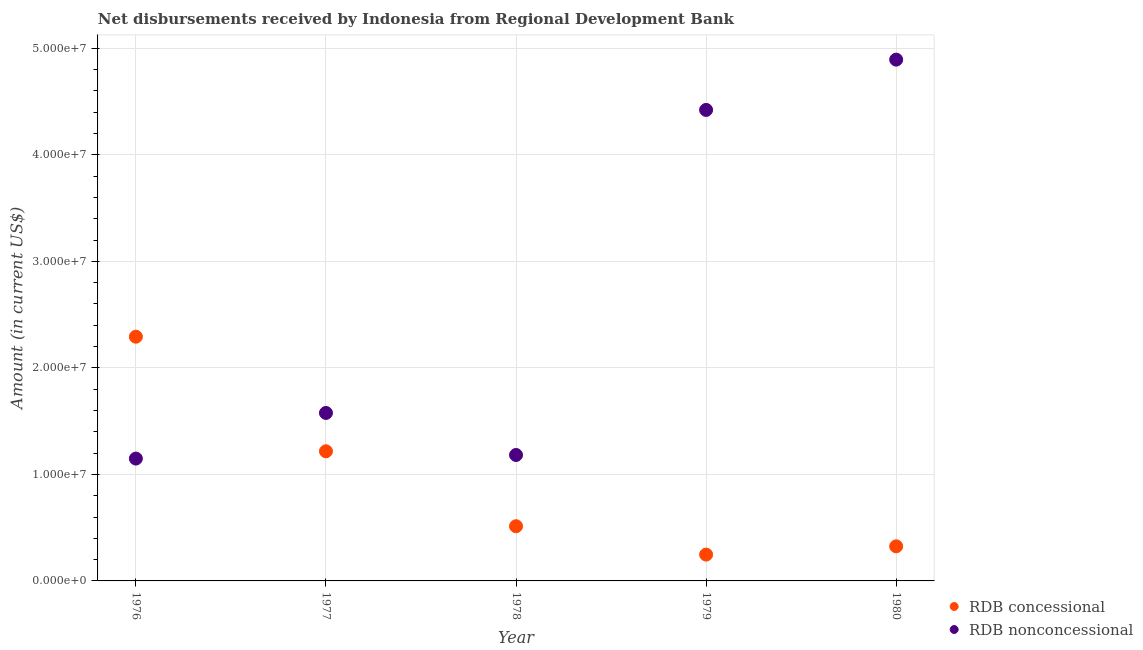
| Year | RDB concessional | RDB nonconcessional |
 | --- | --- | --- |
 | 1976 | 2.29e+07 | 1.15e+07 |
 | 1977 | 1.22e+07 | 1.58e+07 |
 | 1978 | 5.13e+06 | 1.18e+07 |
 | 1979 | 2.47e+06 | 4.42e+07 |
 | 1980 | 3.25e+06 | 4.89e+07 |